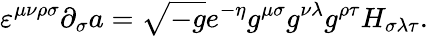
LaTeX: \varepsilon^{\mu\nu\rho\sigma}\partial_{\sigma}a=\sqrt{-g}e^{-\eta}g^{\mu\sigma}g^{\nu\lambda}g^{\rho\tau}H_{\sigma\lambda\tau}.